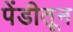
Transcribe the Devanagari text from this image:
पेंडीतून